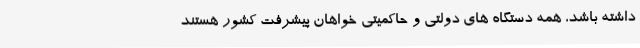
داشته باشد، همه دستگاه های دولتی و حاکمیتی خواهان پیشرفت کشور هستند